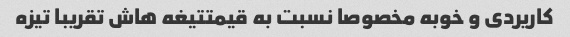
کاریردی و خوبه مخصوصا نسبت به قیمتتیغه هاش تقریبا تیزه